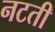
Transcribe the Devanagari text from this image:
नटती